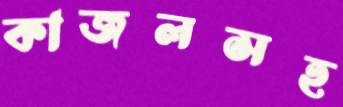
কাজলসহ